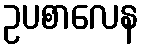
ဥပစာလေန